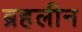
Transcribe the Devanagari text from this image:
ब्रहलीन